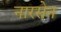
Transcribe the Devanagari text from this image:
नारसेन